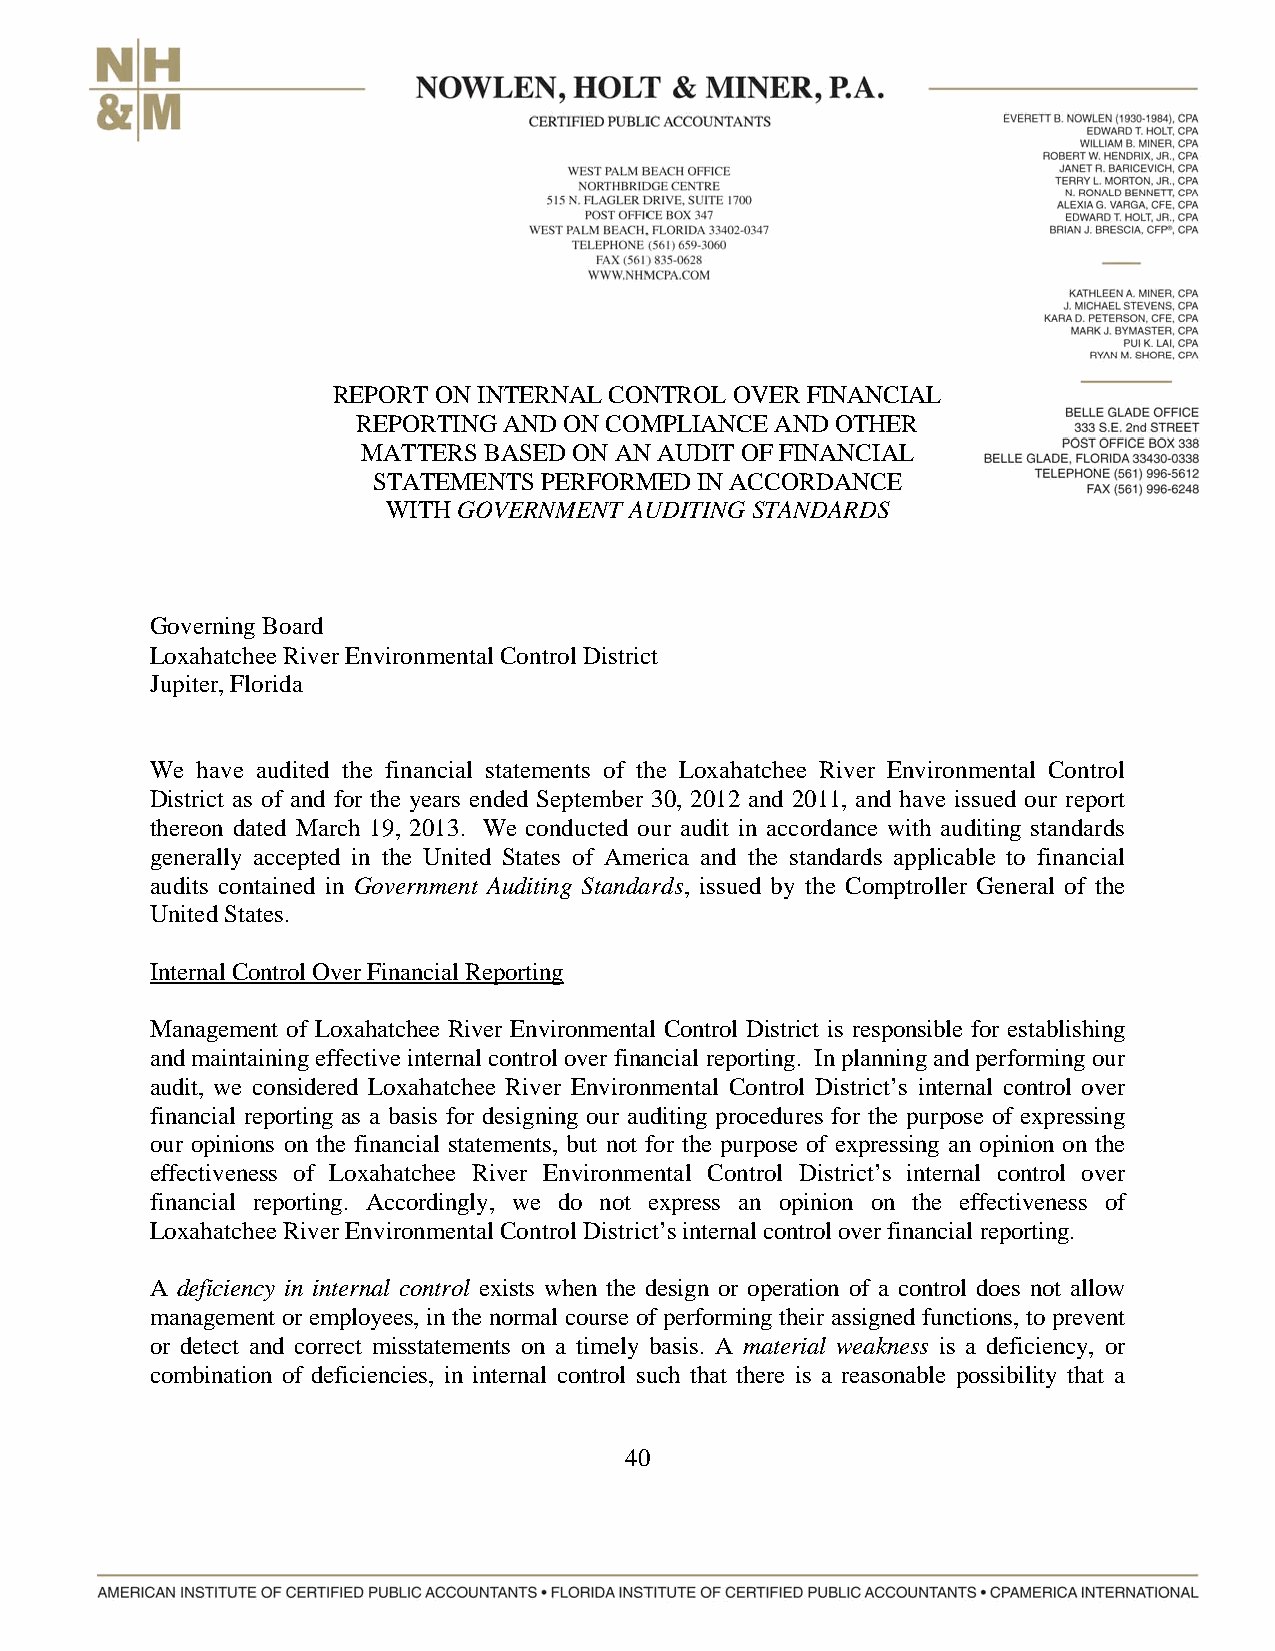
REPORT ON INTERNAL CONTROL OVER FINANCIAL
 REPORTING AND ON COMPLIANCE AND OTHER
 MATTERS BASED ON AN AUDIT OF FINANCIAL
 STATEMENTS PERFORMED IN ACCORDANCE
 WITH GOVERNMENT AUDITING STANDARDS
 Governing Board
 Loxahatchee River Environmental Control District
 Jupiter, Florida
 We have audited the financial statements of the Loxahatchee River Environmental Control
 District as of and for the years ended September 30, 2012 and 2011, and have issued our report
 thereon dated March 19, 2013. We conducted our audit in accordance with auditing standards
 generally accepted in the United States of America and the standards applicable to financial
 audits contained in Government Auditing Standards, issued by the Comptroller General of the
 United States.
 Internal Control Over Financial Reporting
 Management of Loxahatchee River Environmental Control District is responsible for establishing
 and maintaining effective internal control over financial reporting. In planning and performing our
 audit, we considered Loxahatchee River Environmental Control District’s internal control over
 financial reporting as a basis for designing our auditing procedures for the purpose of expressing
 our opinions on the financial statements, but not for the purpose of expressing an opinion on the
 effectiveness of Loxahatchee River Environmental Control District’s internal control over
 financial reporting. Accordingly, we do not express an opinion on the effectiveness of
 Loxahatchee River Environmental Control District’s internal control over financial reporting.
 A deficiency in internal control exists when the design or operation of a control does not allow
 management or employees, in the normal course of performing their assigned functions, to prevent
 or detect and correct misstatements on a timely basis. A material weakness is a deficiency, or
 combination of deficiencies, in internal control such that there is a reasonable possibility that a
 40